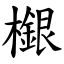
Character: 檭